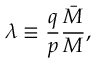
\lambda \equiv \frac { q } { p } \frac { \bar { { \cal M } } } { { \cal M } } ,